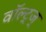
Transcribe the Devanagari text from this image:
वॉल्ट्ज्